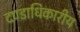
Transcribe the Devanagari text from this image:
दण्डाधिकारीय